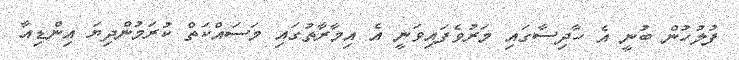
ފުލުހުން ބުނީ އެ ހާދިސާގައި މަރުވެފައިވަނީ އެ އިމާރާތުގައި މަސައްކަތް ކުރަމުންދިޔަ އިންޑިއާ